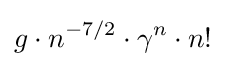
g\cdot n^{-7/2}\cdot \gamma ^{n}\cdot n!